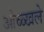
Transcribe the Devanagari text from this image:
ओळ्खले